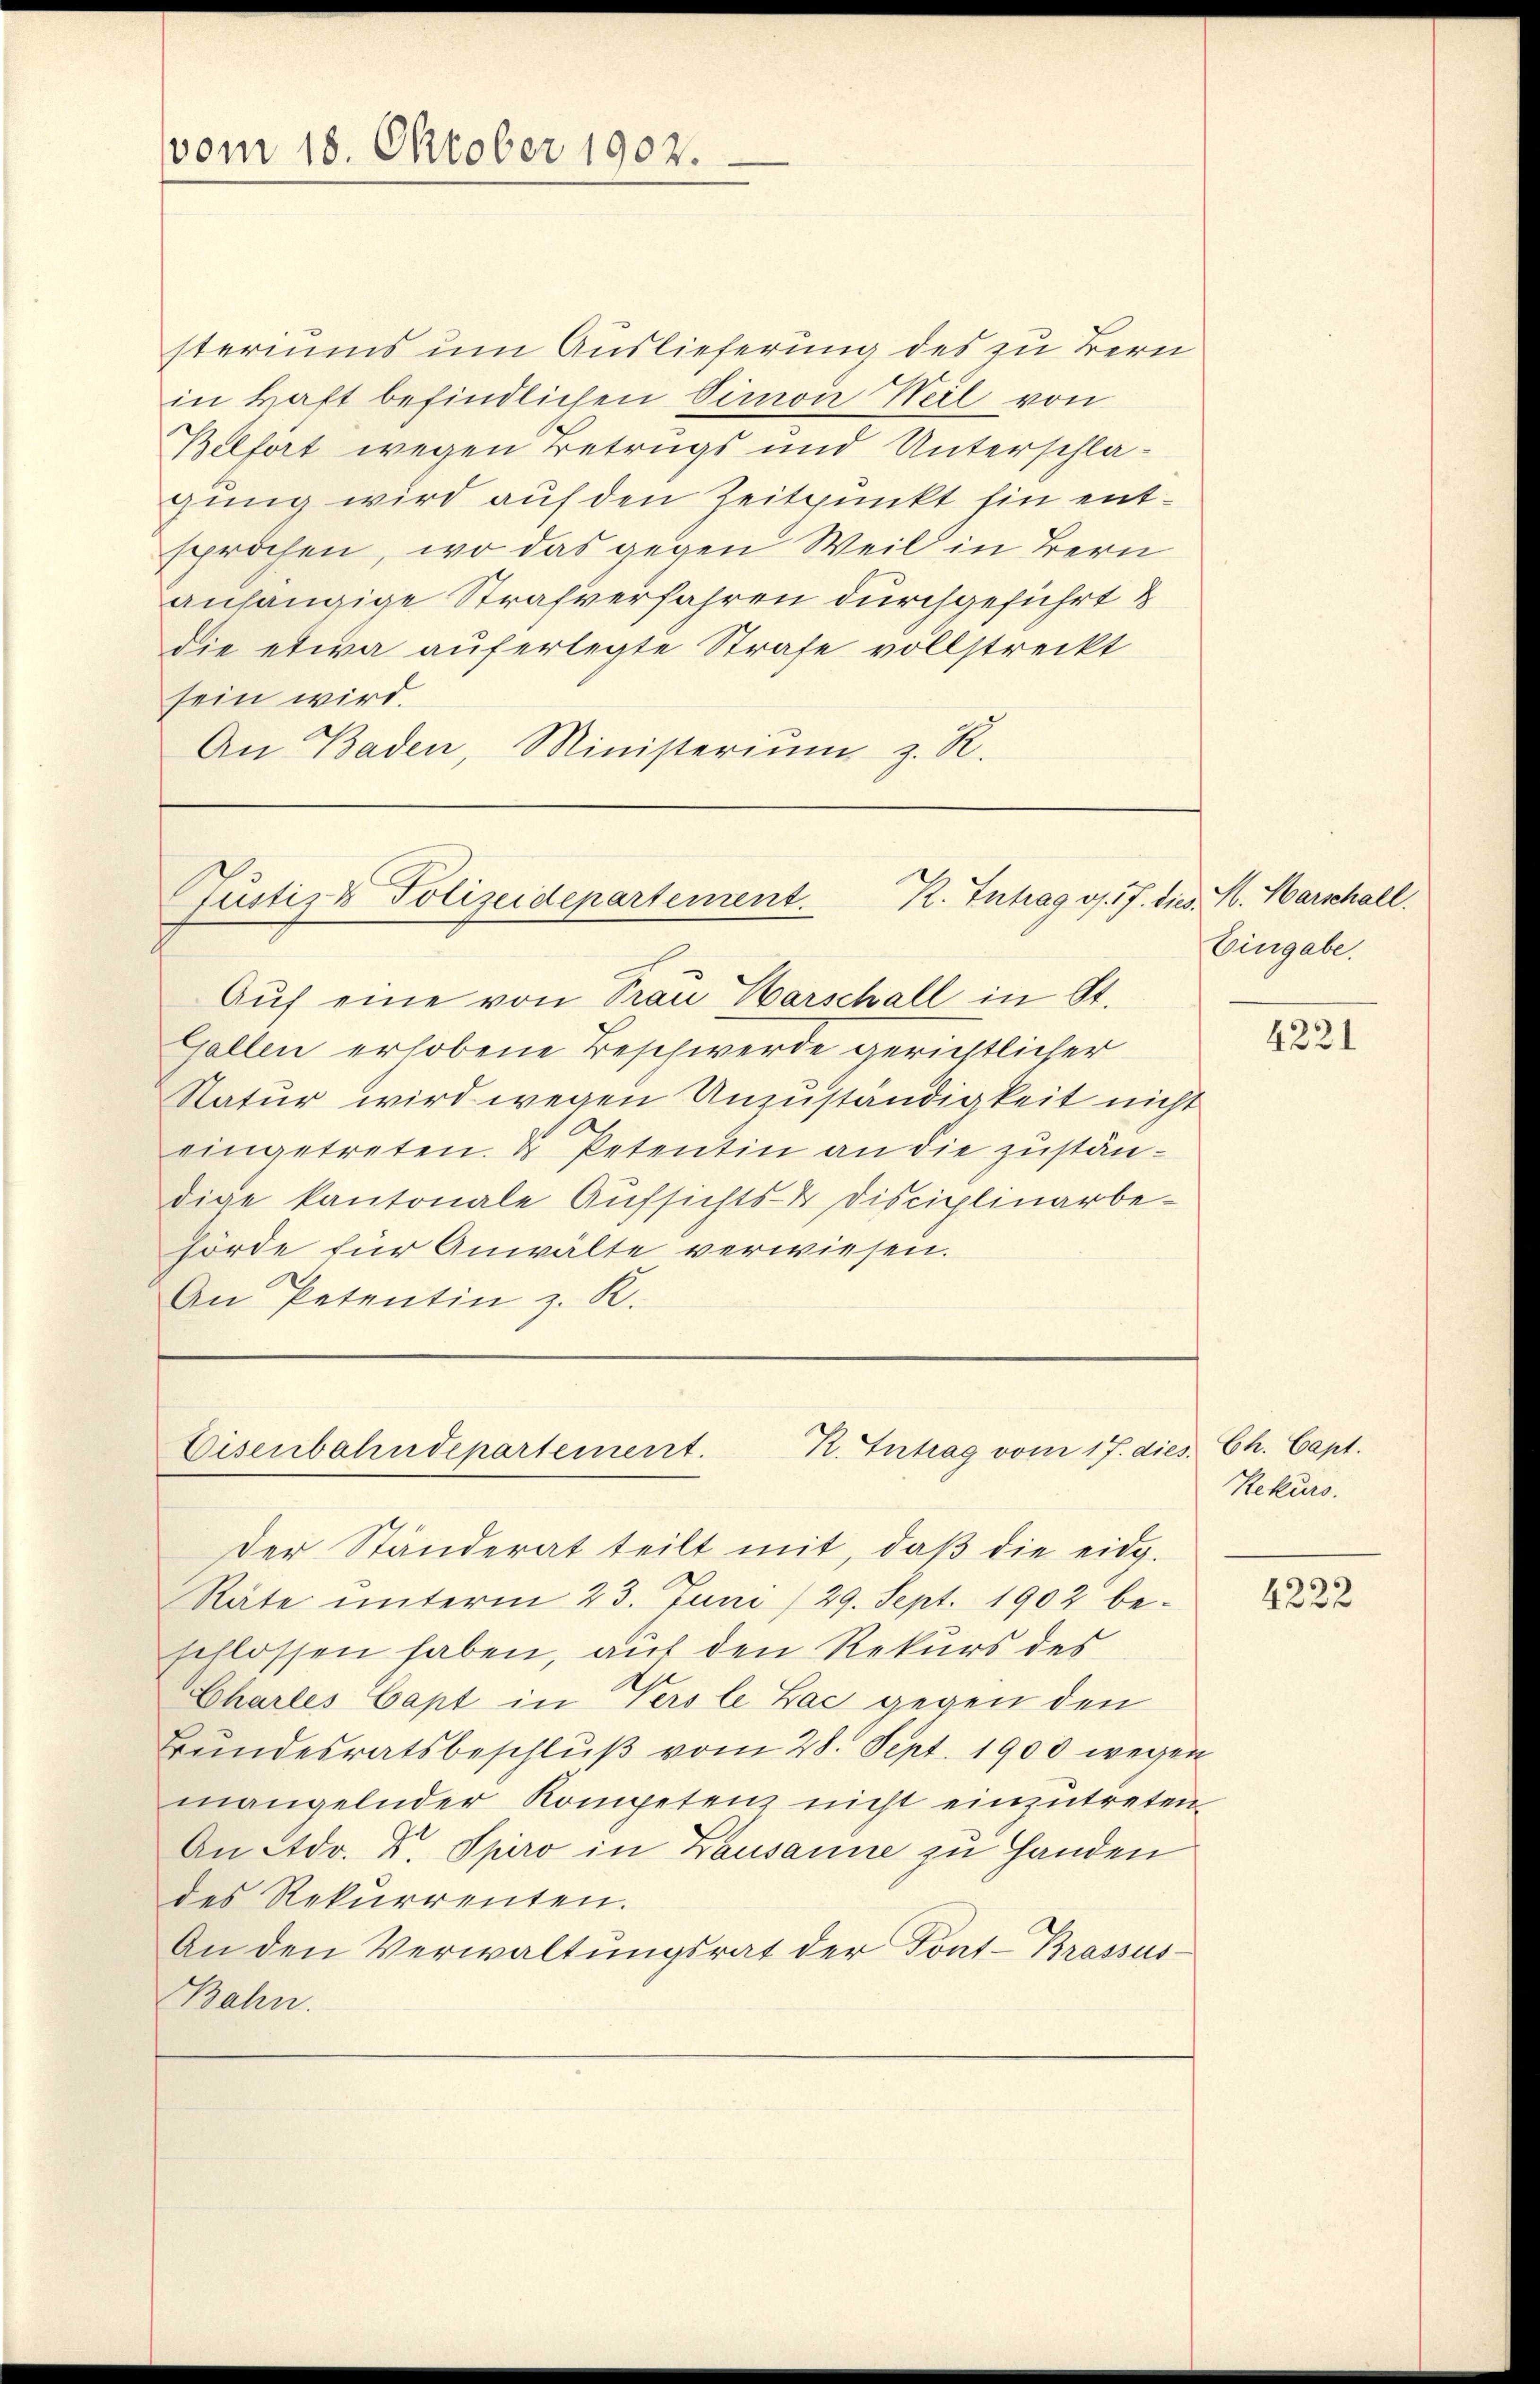
vom 18. Oktober 1902.

steriums um Auslieferung des zu Bern
in Haft befindlichen Simon Weil von
Belfort wegen Betrugs und Unterschlagung wird auf den Zeitpunkt hin entsprochen, wo das gegen Weil in Bern
anhängige Strafverfahren durchgeführt &
die etwa auferlegte Strafe vollstreckt
sein wird.
An Baden, Ministerium z. R.

Justiz & Polizeidepartement. R. Intrag v. 17.
Auf eine von Frau Warschall in St.

Gallen erhobene Beschwerde gerichtlicher
Natur wird wegen Unzuständigkeit nicht
eingetreten. Dr Petentin an die zuständige kantonale Aufsichts- & Disciplinarbe-
hörde für Anwälte verwiesen.
An Petentin z. R.

Eisenbahndepartement. K. Intrag vom 17. dies. Ch. Capt.

Der Ständerat teilt mit, daβ die eidg.
Räte unterm 23. Juni /29. Sept. 1902 beschlossen haben, auf den Rekurs des
Charles Capt in Versle Lac gegen den
Bundesratsbeschluß vom 28. Sept. 1900 wegen
mangelnder Kompetenz nicht einzutreten.
An Adr. Dr. Spiro in Lausanne zu Handen
des Rekurrenten.
An den Verwaltungsrat der Tont-Brassus.
Bahn.

dies H. Harschall.
Eingabe.

4221

Neben.

4222